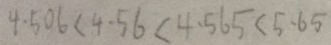
4 . 5 0 6 < 4 . 5 6 < 4 . 5 6 5 < 5 . 6 5